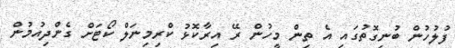
ފުލުހުން ބުނިގޮތުގައި އެ ތިން މީހުން ރޭ އިރާކޮޅު ކްރިމިނަލް ކޯޓަށް ގެންދިއުމުން